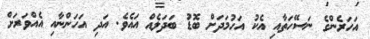
އަހަރެންގެ ނަސޭހަތާއި އެކު އަހުމަދަށް ބޮޑު ބަދަލެއް އައެވެ. އަދި އަހަންނާއި އެއްވަރަށް